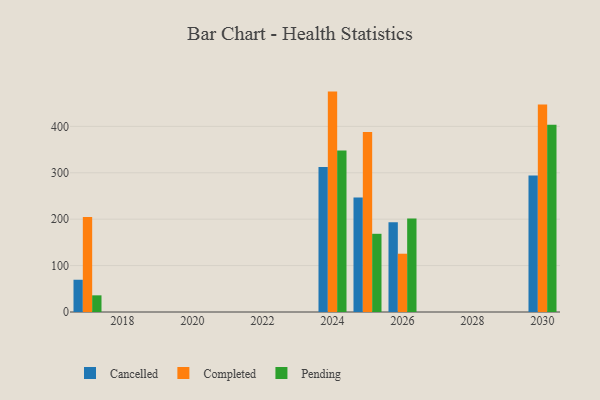
{"axis": {"x": "Year", "y": "Latency (ms)"}, "legend": ["Cancelled", "Completed", "Pending"], "data": [{"x": "2026", "y": 193.2, "type": "Cancelled"}, {"x": "2026", "y": 125.6, "type": "Completed"}, {"x": "2026", "y": 201.6, "type": "Pending"}, {"x": "2025", "y": 246.6, "type": "Cancelled"}, {"x": "2025", "y": 387.7, "type": "Completed"}, {"x": "2025", "y": 168.5, "type": "Pending"}, {"x": "2017", "y": 69.5, "type": "Cancelled"}, {"x": "2017", "y": 204.9, "type": "Completed"}, {"x": "2017", "y": 35.9, "type": "Pending"}, {"x": "2030", "y": 294.1, "type": "Cancelled"}, {"x": "2030", "y": 446.9, "type": "Completed"}, {"x": "2030", "y": 403.5, "type": "Pending"}, {"x": "2024", "y": 312.7, "type": "Cancelled"}, {"x": "2024", "y": 474.9, "type": "Completed"}, {"x": "2024", "y": 348.1, "type": "Pending"}]}